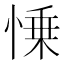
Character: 𢜼